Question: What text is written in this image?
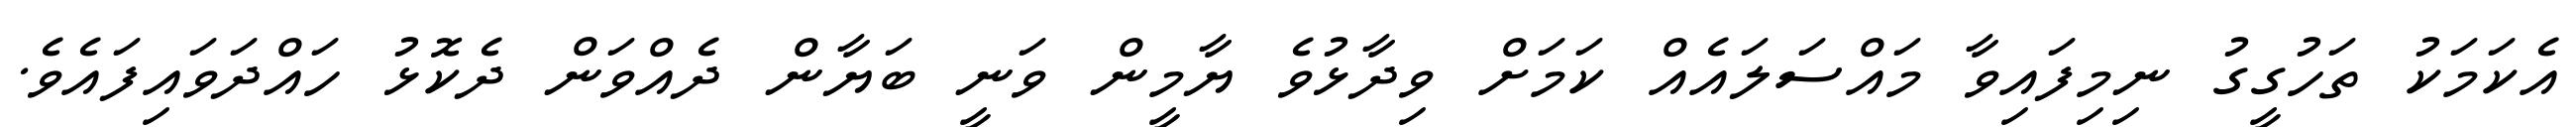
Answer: އެކަމަކު ތަހުގީގު ނިމިފައިވާ މައްސަލައެއް ކަމަށް ވިދާޅުވެ ޔާމީން ވަނީ ބަޔާން ދެއްވަން ދެކޮޅު ހައްދަވައިފައެވެ.